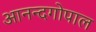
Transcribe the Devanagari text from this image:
आनन्दगोपाल